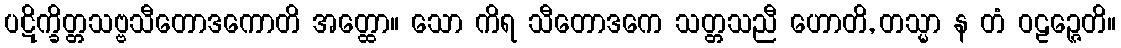
ပဋိက္ခိတ္တသဗ္ဗသီတောဒကောတိ အတ္ထော။ သော ကိရ သီတောဒကေ သတ္တသညီ ဟောတိ, တသ္မာ န တံ ဝဠဉ္ဇေတိ။